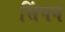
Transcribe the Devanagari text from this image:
सिंगन